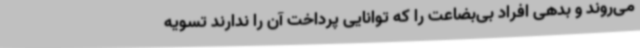
می‌روند و بدهی افراد بی‌بضاعت را که توانایی پرداخت آن را ندارند تسویه